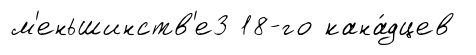
м'еньшинств'е3 18-го кана́дцев